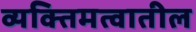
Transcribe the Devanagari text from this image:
व्यक्तिमत्वातील